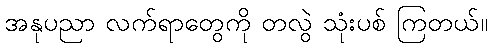
အနုပညာ လက်ရာတွေကို တလွဲ သုံးပစ် ကြတယ်။